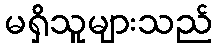
မရှိသူများသည်